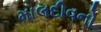
માલદીવનો